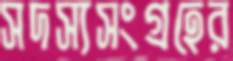
সদস্যসংগ্রহের